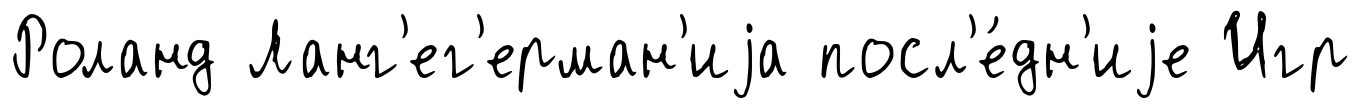
Роланд Ланг'ег'ерман'иjа посл'е́дн'иjе Игр